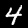
Label: 4